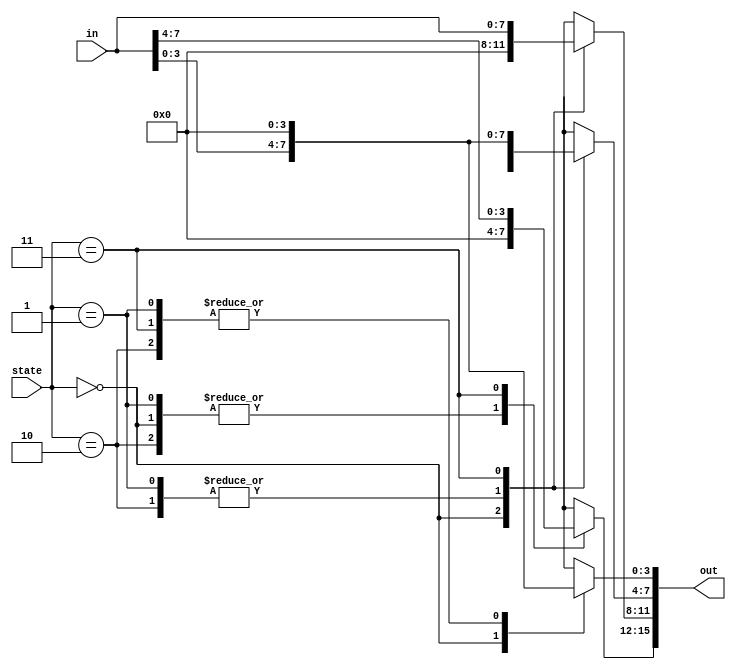
module append_zeroes(out, in, state);
	output reg[15:0] out;
	input[7:0] in;
	input[1:0] state;
	
	always @(*) begin
		case(state)
			2'b00:begin
					out[7:0]<=in;
					out[15:8]<=8'b0;
				  end
			2'b01:begin
					out[11:4]<=in;
					out[15:12]<=4'b0;
					out[3:0]<=4'b0;
				  end
			2'b10:begin
					out[11:4]<=in;
					out[15:12]<=4'b0;
					out[3:0]<=4'b0;
				  end
			2'b11:begin
					out[15:8]<=in;
					out[7:0]<=8'b0;
				  end
		endcase
	end
endmodule